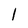
Character: l